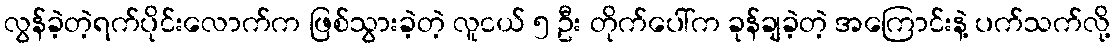
လွန်ခဲ့တဲ့ရက်ပိုင်းလောက်က ဖြစ်သွားခဲ့တဲ့ လူငယ် ၅ ဦး တိုက်ပေါ်က ခုန်ချခဲ့တဲ့ အကြောင်းနဲ့ ပက်သက်လို့